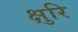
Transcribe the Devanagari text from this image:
क्षुरि